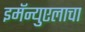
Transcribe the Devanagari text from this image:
इमॅन्युएलाचा